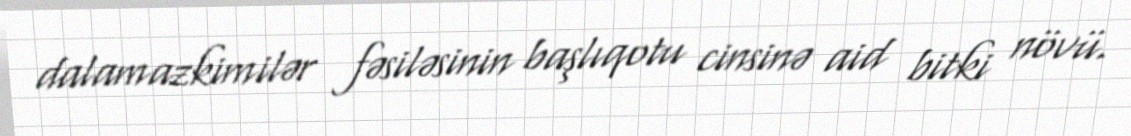
dalamazkimilər fəsiləsinin başlıqotu cinsinə aid bitki növü.